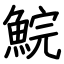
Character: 鯇